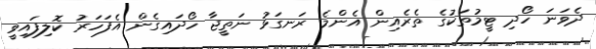
ދެވަނަ ހޯދި ޓީމުތަކުގެ ތެރެއިން އެންމެ ރަނގަޅު ނަތީޖާ ހޯދައިގެން އެފަހަރު ކޮލިފައިވީ